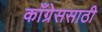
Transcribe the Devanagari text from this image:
काँग्रेससाठी